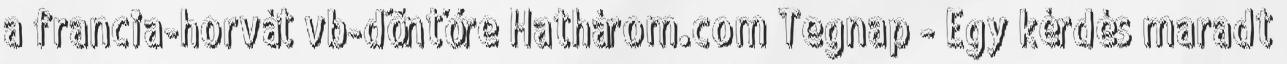
a francia-horvát vb-döntőre Hathárom.com Tegnap - Egy kérdés maradt